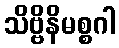
သိဗ္ဗိနိမစ္စဂါ